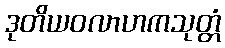
ဒုတိယဝလာဟကသုတ္တံ